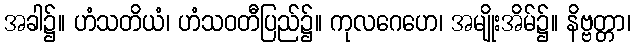
အခါ၌။ ဟံသတိယံ၊ ဟံသဝတီပြည်၌။ ကုလဂေဟေ၊ အမျိုးအိမ်၌။ နိဗ္ဗတ္တာ၊